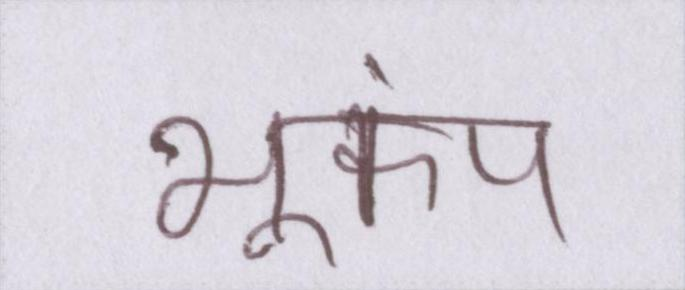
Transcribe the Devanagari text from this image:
भूकंप